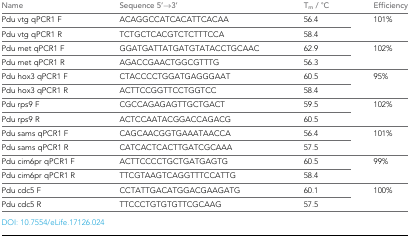
<table><thead><tr><td><b>Name</b></td><td><b>Sequence 5’→3’</b></td><td><b>T<sub>m</sub> / °C</b></td><td><b>Efficiency</b></td></tr></thead><tbody><tr><td>Pdu vtg qPCR1 F</td><td>ACAGGCCATCACATTCACAA</td><td>56.4</td><td rowspan="2">101%</td></tr><tr><td>Pdu vtg qPCR1 R</td><td>TCTGCTCACGTCTCTTTCCA</td><td>58.4</td></tr><tr><td>Pdu met qPCR1 F</td><td>GGATGATTATGATGTATACCTGCAAC</td><td>62.9</td><td rowspan="2">102%</td></tr><tr><td>Pdu met qPCR1 R</td><td>AGACCGAACTGGCGTTTG</td><td>56.3</td></tr><tr><td>Pdu hox3 qPCR1 F</td><td>CTACCCCTGGATGAGGGAAT</td><td>60.5</td><td rowspan="2">95%</td></tr><tr><td>Pdu hox3 qPCR1 R</td><td>ACTTCCGGTTCCTGGTCC</td><td>58.4</td></tr><tr><td>Pdu rps9 F</td><td>CGCCAGAGAGTTGCTGACT</td><td>59.5</td><td rowspan="2">102%</td></tr><tr><td>Pdu rps9 R</td><td>ACTCCAATACGGACCAGACG</td><td>60.5</td></tr><tr><td>Pdu sams qPCR1 F</td><td>CAGCAACGGTGAAATAACCA</td><td>56.4</td><td rowspan="2">101%</td></tr><tr><td>Pdu sams qPCR1 R</td><td>CATCACTCACTTGATCGCAAA</td><td>57.5</td></tr><tr><td>Pdu cim6pr qPCR1 F</td><td>ACTTCCCCTGCTGATGAGTG</td><td>60.5</td><td rowspan="2">99%</td></tr><tr><td>Pdu cim6pr qPCR1 R</td><td>TTCGTAAGTCAGGTTTCCATTG</td><td>58.4</td></tr><tr><td>Pdu cdc5 F</td><td>CCTATTGACATGGACGAAGATG</td><td>60.1</td><td rowspan="2">100%</td></tr><tr><td>Pdu cdc5 R</td><td>TTCCCTGTGTGTTCGCAAG</td><td>57.5</td></tr></tbody></table>